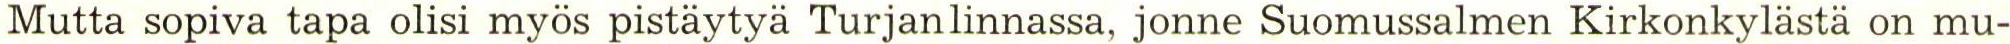
Mutta sopiva tapa olisi myös pistäytyä Turjanlinnassa, jonne Suomussalmen Kirkonkylästä on mu-